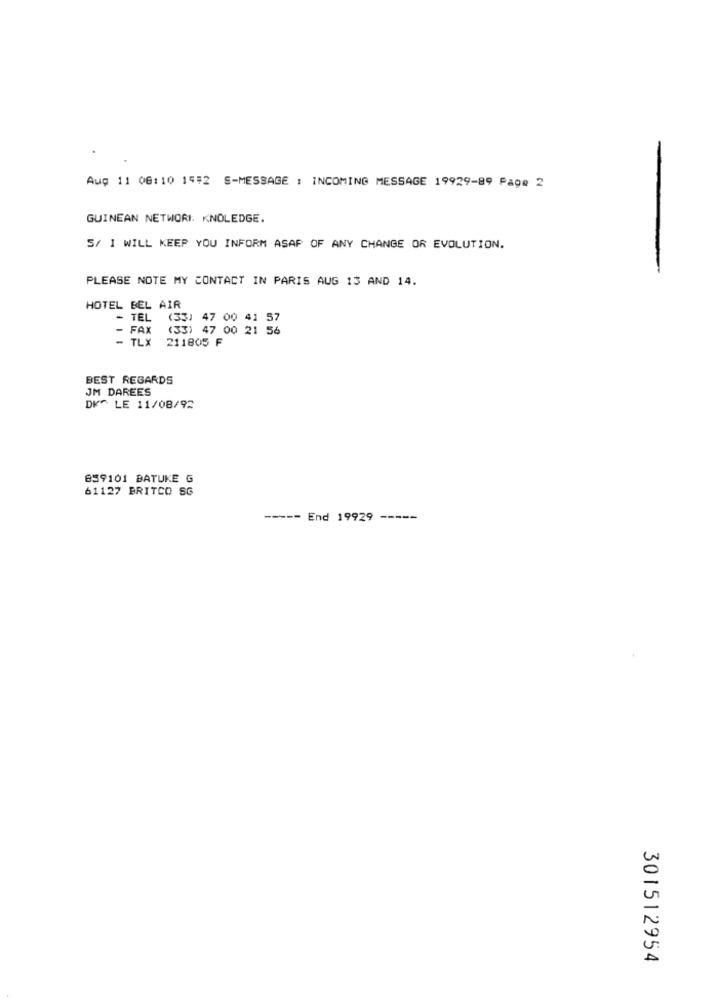
Aug 11 06:10 15#2 S-MESSAGE : INCOMING MESSAGE 19929-89 Page 2
GUINEAN NETWORI. KNOLEDGE.
S/ I WILL KEEP YOU INFORM ASAP OF ANY CHANGE OR EVOLUTION.
PLEASE NOTE MY CONTACT IN PARIS AUG 13 AND 14.
HOTEL BEL AIR
- TEL (33) 47 00 41 57
- FAX
(33) 47 00 21 56
- TLX 211805 F
BEST REGARDS
JM DAREES
DK^ LE 11/08/92
859101 BATUKE G
61127 BRITCO SG
----- End 19929 -----
301512954